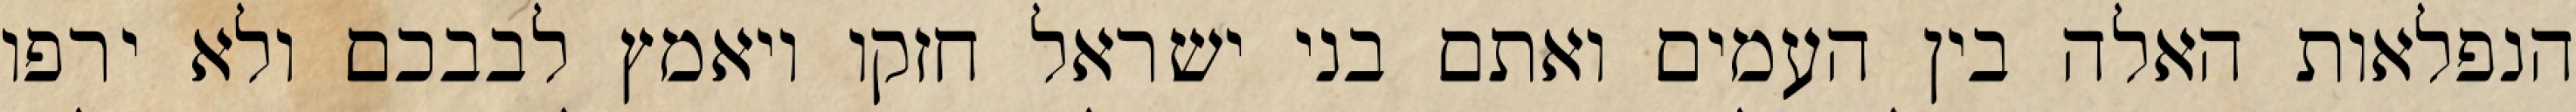
הנפלאות האלה בין העמים ואתם בני ישראל חזקו ויאמץ לבבכם ולא ירפו